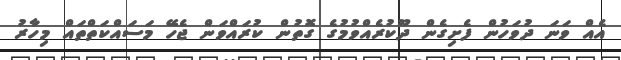
އެއް ވަނަ ދުވަހުން ފެށިގެން ދޫކުރެއްވުމުގެ ގޮތުން ކުރައްވަން ޖެހޭ މަސައްކަތްތައް މިހާރު